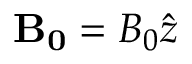
{ \bf B _ { 0 } } = B _ { 0 } { \hat { z } }